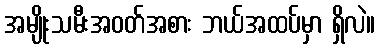
အမျိုးသမီးအဝတ်အစား ဘယ်အထပ်မှာ ရှိလဲ။